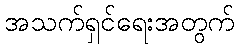
အသက်ရှင်ရေးအတွက်